Rangoon Lunatic Asylum 1898-1906 - 1898-1906
Year: 1898
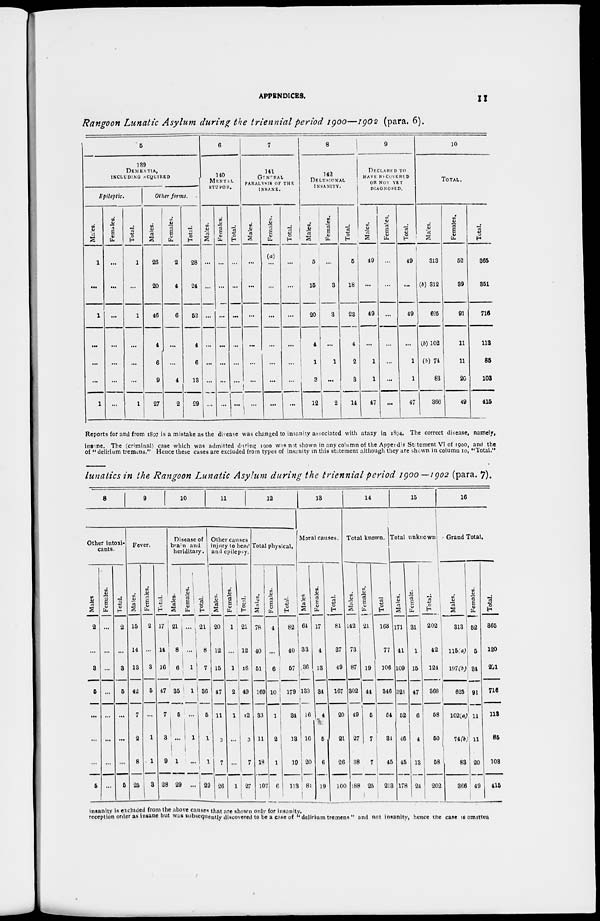
APPENDICES.
11
Rangoon Lunatic Asylum during the triennial period 1900—1902 (para. 6).
5
139
DEMENTIA,
INCLUDING ACQUIRED
Epileptic.
Males.
1
...
1
...
...
...
1
Females.
...
...
...
...
...
...
...
Total.
1
...
1
...
...
...
1
Other forms.
Males.
26
20
16
1
6
9
27
Females.
2
4
6
...
...
1
2
Total.
28
24
52
1
6
13
29
6
140
MENTAL
STUPOR.
Males.
...
...
...
...
...
...
...
Females.
...
...
...
...
...
...
...
Total.
...
...
...
...
...
...
...
7
141
GENERAL
PARALYSIS OF THE
INSANE.
Males.
...
...
...
...
...
...
...
Females.
(a)
...
...
...
...
...
...
...
Total.
...
...
...
...
...
...
...
8
112
DELUSIONAL
INSANITY.
Males.
5
15
20
1
1
3
12
Females.
...
3
3
...
1
...
2
Total.
5
18
23
1
2
3
14
9
DECLARED TO
HAVE RECOVERED
OR NOT YET
DIAGNOSED.
Males.
49
...
49
...
1
1
47
Females.
...
...
...
...
...
...
...
Total.
49
...
49
...
1
1
47
10
TOTAL.
Males.
313
(b) 312
625
(b) 102
(b) 74
83
366
Females.
52
39
91
11
11
20
49
Total.
365
351
716
113
85
103
415
Reports for and from 1897 is a mistake as the disease was changed to insanity associated with ataxy in 1894. The correct disease, namely,
insane. The (criminal) case which was admitted during; 1900 was not shown in any column of the Appendix Statement VI of 1900, and the
of " delirium tremens." Hence these cases are excluded from types of insanity in this statement although they are shown in column 10, "Total."
lunatics in the Rangoon Lunatic Asylum during the triennial period 1900—1902 (para. 7).
8
9
10
11
12
Other intoxi-
cants.
Males
2
...
3
5
...
...
...
5
Femeles.
...
...
...
...
...
...
...
...
Total.
2
...
3
5
...
...
...
5
Fever.
Males.
15
14
13
42
7
2
8
25
Females.
2
...
3
5
...
1
1
3
Total.
17
14
16
47
7
3
9
28
Disease of
brain and
heriditary.
Males.
21
8
6
35
5
...
1
29
Females.
...
...
1
1
...
1
...
...
Total.
21
8
7
36
5
1
1
29
Other causes
injury to head
and epilepsy.
Males.
20
12
15
47
11
3
7
26
Females.
1
...
1
2
1
...
...
1
Total.
21
12
16
49
12
3
7
27
Total physical.
Males.
78
40
51
169
33
11
18
107
Females.
4
...
6
10
1
2
1
6
Total.
82
40
57
179
1
13
19
113
13
Moral causes.
Males.
64
33
36
133
16
16
20
8
Females.
17
4
13
34
4
5
6
19
Total.
81
37
49
167
20
21
26
100
14
Total known.
Males.
142
73
87
302
49
27
38
188
Females.
21
4
19
44
5
7
7
25
Total.
163
77
106
346
54
34
45
213
15
Total unknown
Males.
171
41
109
321
52
46
15
178
Female.
31
1
15
47
6
1
13
24
Total.
202
42
124
368
58
50
58
202
16
Grand Total.
Males.
313
115(a)
197(b)
625
102(a)
74(b)
83
366
Females.
52
5
34
91
11
11
20
49
Total.
365
120
231
716
113
85
108
415
insanity is excluded from the above causes that are shown only for insanity.
reception order as insane but was subsequently discovered to be a case of "delirium tremens " and not insanity, hence the case is omitted